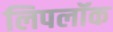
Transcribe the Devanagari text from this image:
लिपलॉक